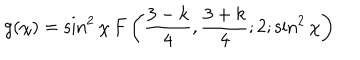
LaTeX: g ( \chi ) = \sin ^ { 2 } { \chi } \, F \left( \frac { 3 - k } { 4 } , \frac { 3 + k } { 4 } ; 2 ; \sin ^ { 2 } { \chi } \right)